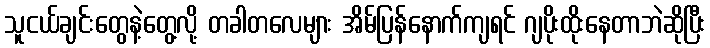
သူငယ်ချင်းတွေနဲ့တွေ့လို့ တခါတလေများ အိမ်ပြန်နောက်ကျရင် ဂျပိုးထိုးနေတာဘဲဆိုပြီး